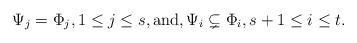
LaTeX: \begin{align*} \Psi_j=\Phi_j, 1 \leq j\leq s, \textrm{and}, \Psi_i\subsetneq \Phi_i,s+1\leq i\leq t. \end{align*}